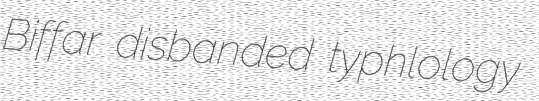
Biffar disbanded typhlology